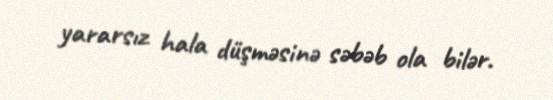
yararsız hala düşməsinə səbəb ola bilər.